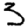
Digit: 3